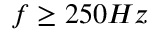
f \geq 2 5 0 H z